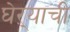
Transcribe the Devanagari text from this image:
घेऱ्याची